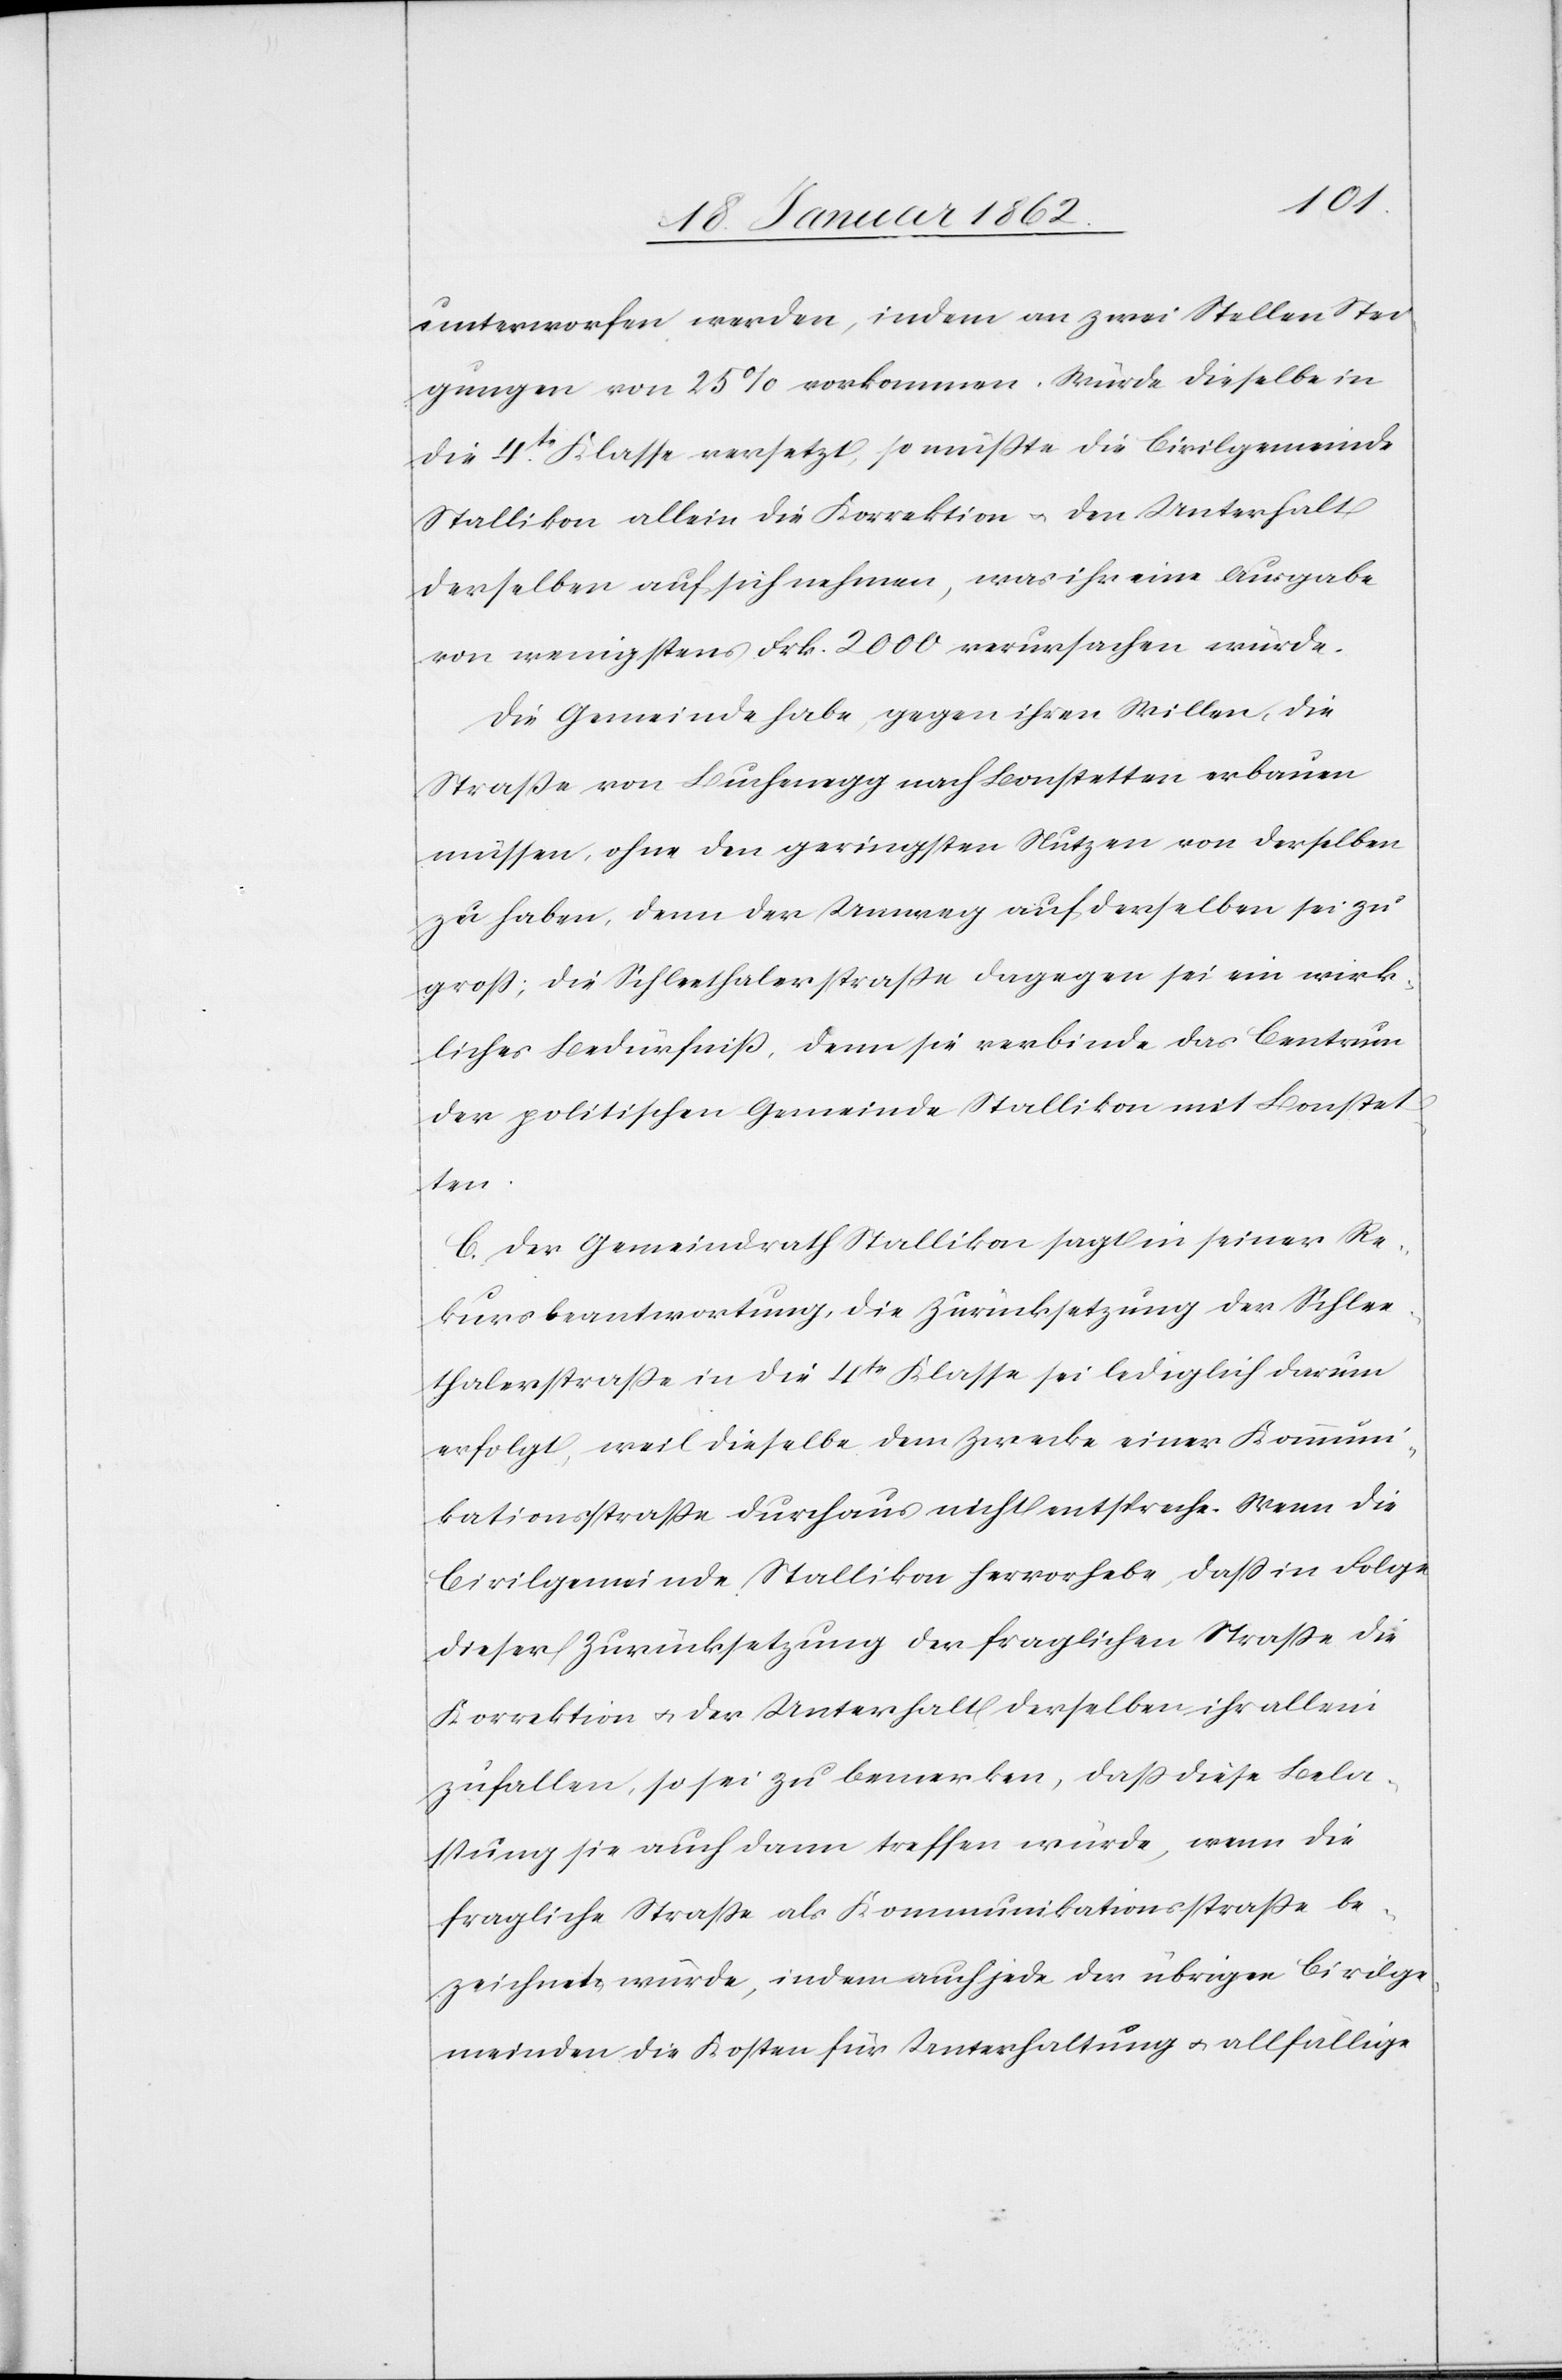
unterworfen werden, indem an zwei Stellen Stei¬
gungen von 25% vorkommen. Würde dieselbe in
die 4te. Klasse versetzt, so müßte die Civilgemeinde
Stallikon allein die Korrektion u. den Unterhalt
derselben auf sich nehmen, was ihr eine Ausgabe
von wenigstens Frk. 2000 verursachen würde.
Die Gemeinde habe, gegen ihren Willen, die
Straße von Buchenegg nach Bonstetten erbauen
müssen, ohne den geringsten Nutzen von derselben
zu haben, denn der Umweg auf derselben sei zu
groß; die Schleethalerstraße dagegen sei ein wirk¬
liches Bedürfniß, denn sie verbinde das Centrum
der politischen Gemeinde Stallikon mit Bonstet¬
ten.
C. Der Gemeindrath Stallikon sagt in seiner Re¬
kursbeantwortung, die Zurücksetzung der Schlee¬
thalerstraße in die 4te Klasse sei lediglich darum
erfolgt, weil dieselbe dem Zwecke einer Kommuni¬
kationsstraße durchaus nicht entspreche. Wenn die
Civilgemeinde Stallikon hervorhebe, daß in Folge
dieser Zurücksetzung der fraglichen Straße die
Korrektion u. der Unterhalt derselben ihr allein
zufallen, so sei zu bemerken, daß diese Bela¬
stung sie auch dann treffen würde, wenn die
fragliche Straße als Kommunikationsstraße be¬
zeichnet würde, indem auch jede der übrigen Civilge¬
meinden die Kosten für Unterhaltung u. allfallige